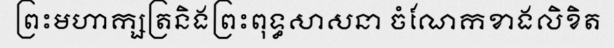
ព្រះមហាក្សត្រនិងព្រះពុទ្ធសាសនា ចំណែកខាងលិខិត